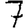
Digit: 7